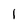
Character: 1